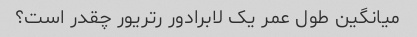
میانگین طول عمر یک لابرادور رتریور چقدر است؟